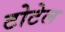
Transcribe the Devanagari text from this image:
टोटेल